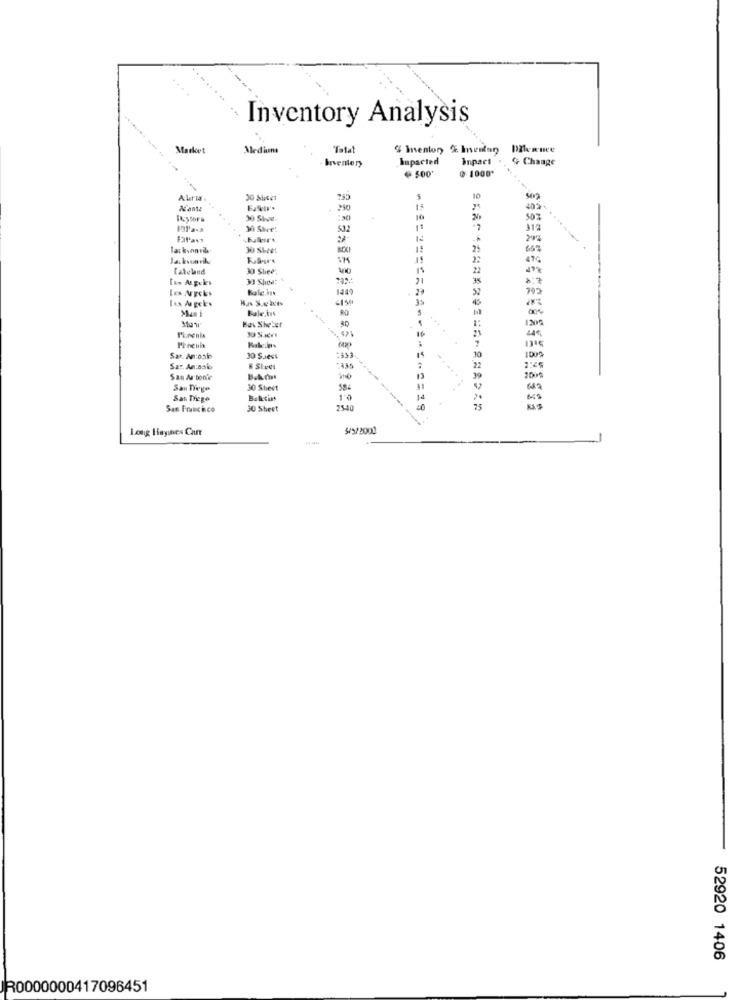
Inventory Analysis
Market
Medium
Talat
" menton % Inseslan
brventery
Impacted
Inpact
& Change
Ø 1000*
Alaria.
502
As ante
250
40%
10
507
532
312
24%
30 Sheet
Jakvonvik
175
22
Tateland
30 Shee;
40
22
21
*: 7
52
-150
Bale,is
Man i
Baw Shelet
80
Preenis
Sar. An:osi
30 SJest
:333
30
Sar. An:sais
San A ton's
Bak Cat
100%
San Diego
30 Sheet
18
San Diego
Balktins
1
San Francisco
30 Sheet
2540
*============**** 2=19
Long Hayines Can
52920 1406
R0000000417096451